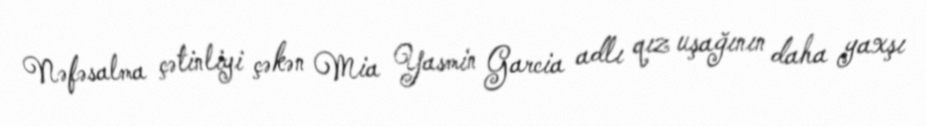
Nəfəsalma çətinliyi çəkən Mia Yasmin Garcia adlı qız uşağının daha yaxşı